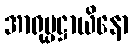
အာရုပ္ပဋ္ဌာယိနော